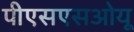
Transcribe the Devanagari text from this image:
पीएसएसओयू